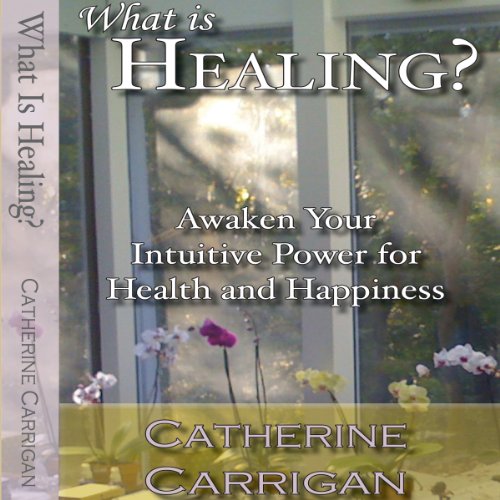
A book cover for What Is Healing? Awaken Your Intuitive Power for Health and Happiness; Catherine Carrigan; Health, Fitness & Dieting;